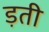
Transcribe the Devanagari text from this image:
ड़ती